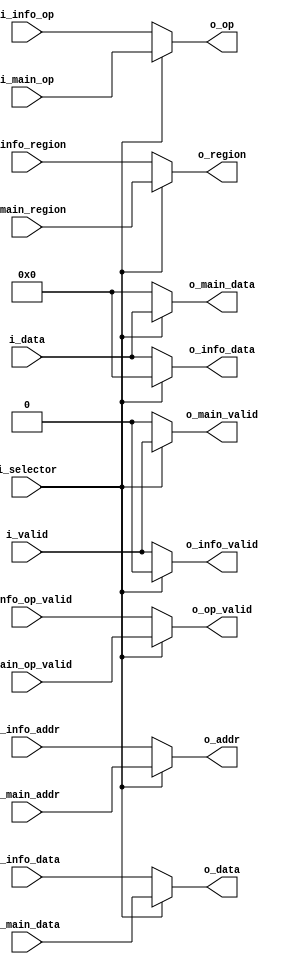
////////////////////////////////////////////////////////////////////////////////
// Copyright (c) 2018 Chipus Microelectronics. All rights reserved.
// Chipus Microelectronics Confidential Proprietary.
//
// Use, copy or distribution of this code is not allowed without 
// Chipus Microelectronics explicit written consent.
////////////////////////////////////////////////////////////////////////////////
// $Id: mem_wrapper_access_mux.v 400 2022-07-07 00:24:32Z dnamorim $
////////////////////////////////////////////////////////////////////////////////
// Company:         Chipus Microelectronics
// Project Name:    
// Module Name:     
// Description:     
////////////////////////////////////////////////////////////////////////////////

module mem_wrapper_access_mux (
    i_info_addr,
    i_info_data,
    i_info_op,
    i_info_region,
    i_info_op_valid,
    o_info_valid,
    o_info_data,
    i_main_addr,
    i_main_data,
    i_main_op,
    i_main_region,
    i_main_op_valid,
    o_main_valid,
    o_main_data,
    i_valid,
    i_data,
    o_addr,
    o_data,
    o_op,
    o_region,
    o_op_valid,
    i_selector

);
 
 
// ------------------------------------------
// Parameters
// ------------------------------------------

    // Bit width of data adapted to generic interface
    parameter  integer NBW_DATA = 'd8;


 
 
// ------------------------------------------
// IO declaration
// ------------------------------------------

    // Adress output to memory
    input  wire [NBW_DATA-1:0] i_info_addr;

    // Data output to memory
    input  wire [NBW_DATA-1:0] i_info_data;

    // Operation
    input  wire [4-1:0] i_info_op;

    // Main memory (0), Information Block (1)
    input  wire i_info_region;

    // Valid operation
    input  wire i_info_op_valid;

    // Valid operation
    output wire o_info_valid;

    // Memory data read
    output wire [NBW_DATA-1:0] o_info_data;

    // Adress output to memory
    input  wire [NBW_DATA-1:0] i_main_addr;

    // Data output to memory
    input  wire [NBW_DATA-1:0] i_main_data;

    // Operation
    input  wire [4-1:0] i_main_op;

    // Main memory (0), Information Block (1)
    input  wire i_main_region;

    // Valid operation
    input  wire i_main_op_valid;

    // Valid operation
    output wire o_main_valid;

    // Memory data read
    output wire [NBW_DATA-1:0] o_main_data;

    // Valid operation
    input  wire i_valid;

    // Memory data read
    input  wire [NBW_DATA-1:0] i_data;

    // Adress output to memory
    output wire [NBW_DATA-1:0] o_addr;

    // Data output to memory
    output wire [NBW_DATA-1:0] o_data;

    // Operation
    output wire [4-1:0] o_op;

    // Main memory (0), Information Block (1)
    output wire o_region;

    // Valid operation
    output wire o_op_valid;

    // Mux Selector input
    input  wire i_selector;


 
 
// ------------------------------------------
// Local parameters
// ------------------------------------------



// ------------------------------------------
// Mux Logic
// ------------------------------------------
    assign o_addr       = i_selector ? i_main_addr      : i_info_addr;
    assign o_data       = i_selector ? i_main_data      : i_info_data;
    assign o_op         = i_selector ? i_main_op        : i_info_op;
    assign o_region     = i_selector ? i_main_region    : i_info_region;
    assign o_op_valid   = i_selector ? i_main_op_valid  : i_info_op_valid;
 
    assign o_main_valid = i_selector ? i_valid          : 'h0;
    assign o_main_data  = i_selector ? i_data           : 'h0;
    assign o_info_valid = i_selector ? 'h0              : i_valid;
    assign o_info_data  = i_selector ? 'h0              : i_data;
    
endmodule